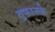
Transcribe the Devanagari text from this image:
तूफानके